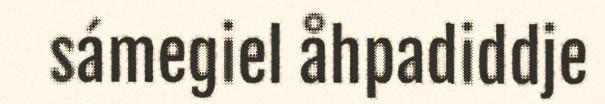
sámegiel åhpadiddje